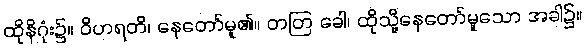
ထိုနိဂုံး၌။ ဝိဟရတိ၊ နေတော်မူ၏။ တတြ ခေါ၊ ထိုသို့နေတော်မူသော အခါ၌။